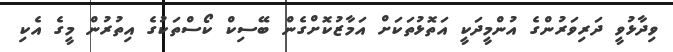
ވިދާޅުވީ ދަރިވަރުންގެ އުންމީދަކީ އަތޮޅުތަކަށް އަމާޒުކޮށްގެން ބޭސިކް ކޯސްތަކުގެ އިތުރުން މީގެ އެކި